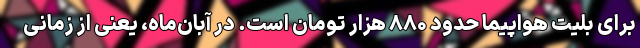
برای بلیت هواپیما حدود ۸۸۰ هزار تومان است. در آبان‌ماه، یعنی از زمانی